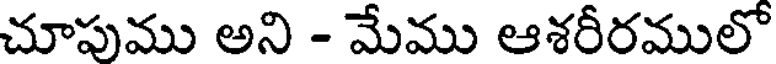
చూపుము అని - మేము ఆశరీరములో